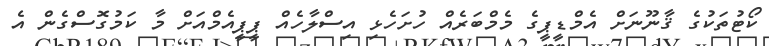
ކޯޓުތަކުގެ ޤާނޫނަށް އެމްޑީޕީގެ މެމްބަރެއް ހުށަހެޅި އިސްލާހެއް ޕީޕީއެމްއަށް މާ ކަމުގޮސްގެން އެ